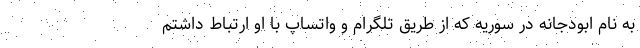
به نام ابودجانه در سوریه که از طریق تلگرام و واتساپ با او ارتباط داشتم